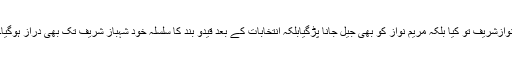
نوازشریف تو کیا بلکہ مریم نواز کو بھی جیل جانا پڑگیابلکہ انتخابات کے بعد قیدو بند کا سلسلہ خود شہباز شریف تک بھی دراز ہوگیا۔